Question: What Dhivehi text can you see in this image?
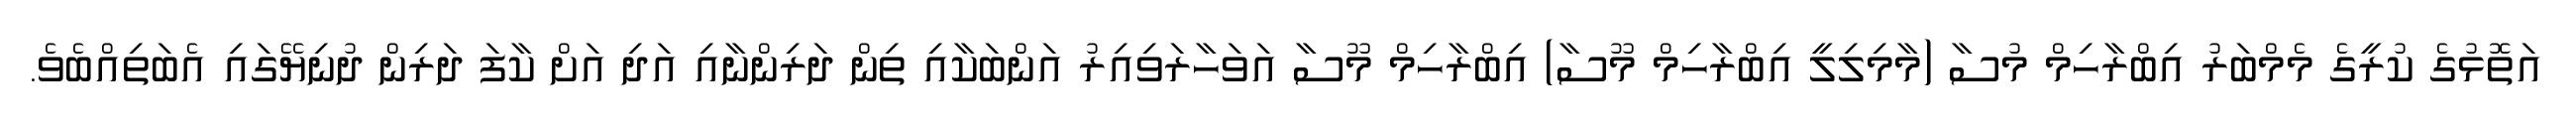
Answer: އަތޮޅުގެ ކުރީގެ މެމްބަރު އިބްރާހިމް މުސާ (މާމިލިލީ އިބްރާހިމް މޫސާ) އިބްރާހިމް މޫސާ އަވަހާރަވިއިރު އަންބަކާއި ތިން ދަރިންނާއި އަދި އަށް ކާފަ ދަރިން ދުނިޔޭގައި އެބަތިއްބެވެ.